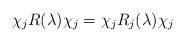
LaTeX: \begin{align*} \chi_j R(\lambda)\chi_j =\chi_j R_j(\lambda)\chi_j\end{align*}